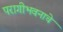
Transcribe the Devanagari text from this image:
परागीभवनाचे